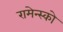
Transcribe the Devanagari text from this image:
रामेन्स्को